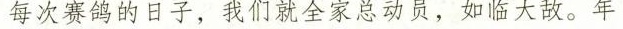
每次赛鸽的日子，我们就全家总动员，如临大敌。年